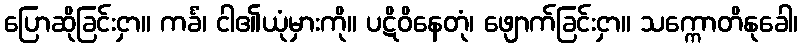
ပြောဆိုခြင်းငှာ။ ကင်္ခံ၊ ငါ၏ယုံမှားကို။ ပဋိဝိနေတုံ၊ ဖျောက်ခြင်းငှာ။ သက္ကောတိနုခေါ၊